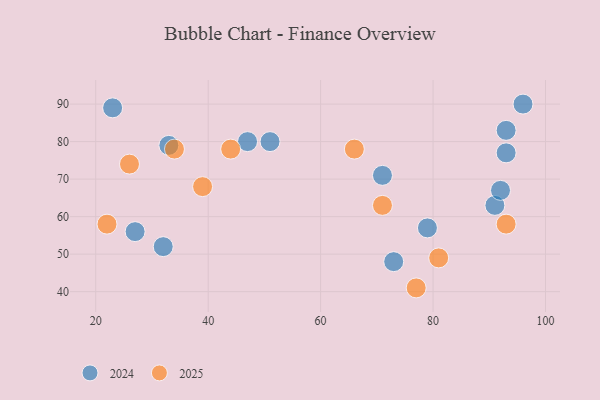
{"axis": {"x": "GDP", "y": "Life Expectancy"}, "legend": ["2024", "2025"], "data": [{"x": "77", "y": 41, "type": "2025"}, {"x": "39", "y": 68, "type": "2025"}, {"x": "93", "y": 58, "type": "2025"}, {"x": "34", "y": 78, "type": "2025"}, {"x": "22", "y": 58, "type": "2025"}, {"x": "81", "y": 49, "type": "2025"}, {"x": "71", "y": 63, "type": "2025"}, {"x": "66", "y": 78, "type": "2025"}, {"x": "44", "y": 78, "type": "2025"}, {"x": "26", "y": 74, "type": "2025"}, {"x": "93", "y": 77, "type": "2024"}, {"x": "23", "y": 89, "type": "2024"}, {"x": "96", "y": 90, "type": "2024"}, {"x": "71", "y": 71, "type": "2024"}, {"x": "73", "y": 48, "type": "2024"}, {"x": "91", "y": 63, "type": "2024"}, {"x": "33", "y": 79, "type": "2024"}, {"x": "32", "y": 52, "type": "2024"}, {"x": "92", "y": 67, "type": "2024"}, {"x": "51", "y": 80, "type": "2024"}, {"x": "47", "y": 80, "type": "2024"}, {"x": "27", "y": 56, "type": "2024"}, {"x": "79", "y": 57, "type": "2024"}, {"x": "93", "y": 83, "type": "2024"}]}